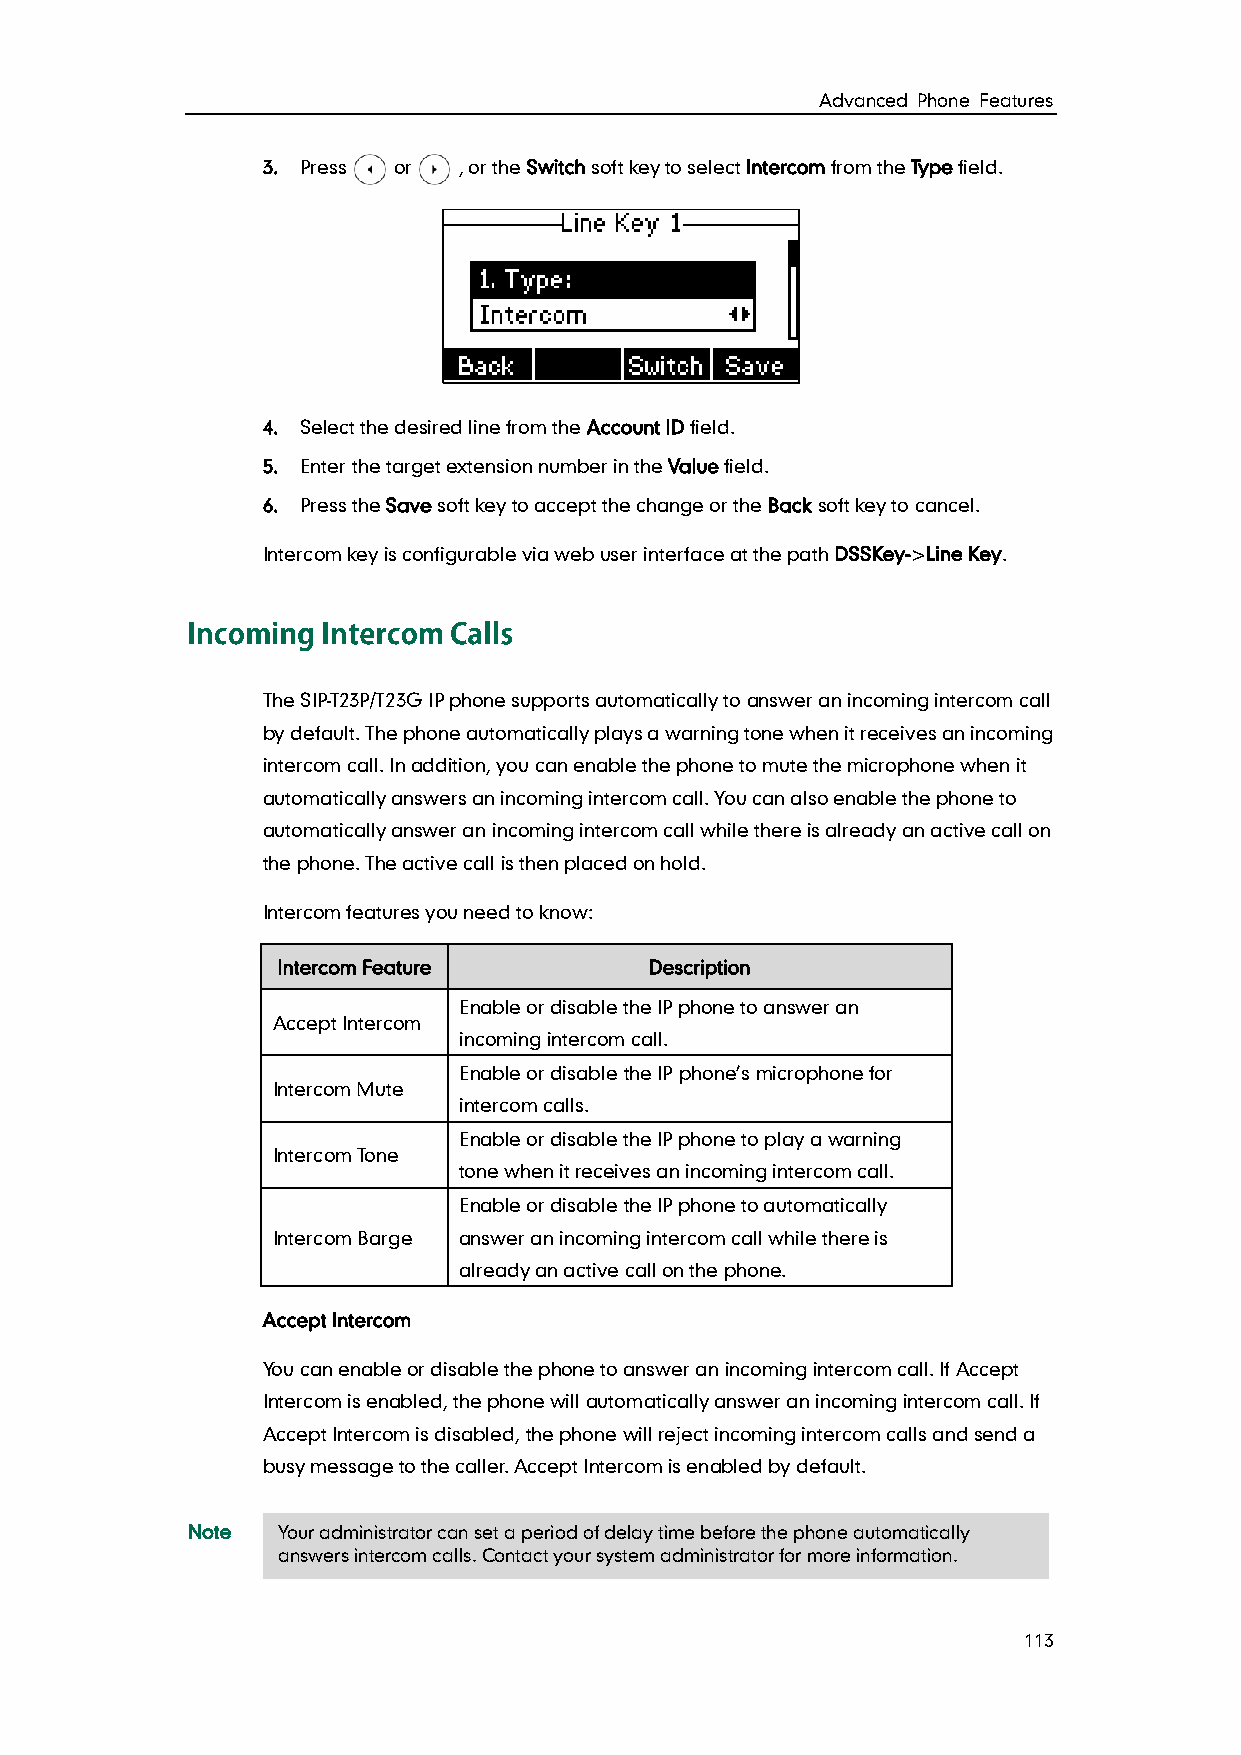
Advanced Phone Features
 3. Press or  , or the Switch soft key to select Intercom from the Type field.
 4. Select the desired line from the Account ID field.
 5. Enter the target extension number in the Value field.
 6. Press the Save soft key to accept the change or the Back soft key to cancel.
 Intercom key is configurable via web user interface at the path DSSKey->Line Key.
 The SIP-T23P/T23G IP phone supports automatically to answer an incoming intercom call
 by default. The phone automatically plays a warning tone when it receives an incoming
 intercom call. In addition, you can enable the phone to mute the microphone when it
 automatically answers an incoming intercom call. You can also enable the phone to
 automatically answer an incoming intercom call while there is already an active call on
 the phone. The active call is then placed on hold.
 Intercom features you need to know:
 Intercom Feature         Description
 Enable or disable the IP phone to answer an
 Accept Intercom
 incoming intercom call.
 Enable or disable the IP phone’s microphone for
 Intercom Mute
 intercom calls.
 Enable or disable the IP phone to play a warning
 Intercom Tone
 tone when it receives an incoming intercom call.
 Enable or disable the IP phone to automatically
 Intercom Barge answer an incoming intercom call while there is
 already an active call on the phone.
 Accept Intercom
 You can enable or disable the phone to answer an incoming intercom call. If Accept
 Intercom is enabled, the phone will automatically answer an incoming intercom call. If
 Accept Intercom is disabled, the phone will reject incoming intercom calls and send a
 busy message to the caller. Accept Intercom is enabled by default.
 Note  Your administrator can set a period of delay time before the phone automatically
 answers intercom calls. Contact your system administrator for more information.
 113